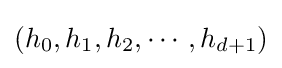
(h_{0},h_{1},h_{2},\cdots ,h_{d+1})